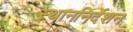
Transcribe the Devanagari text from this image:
स्थाननिर्देशन